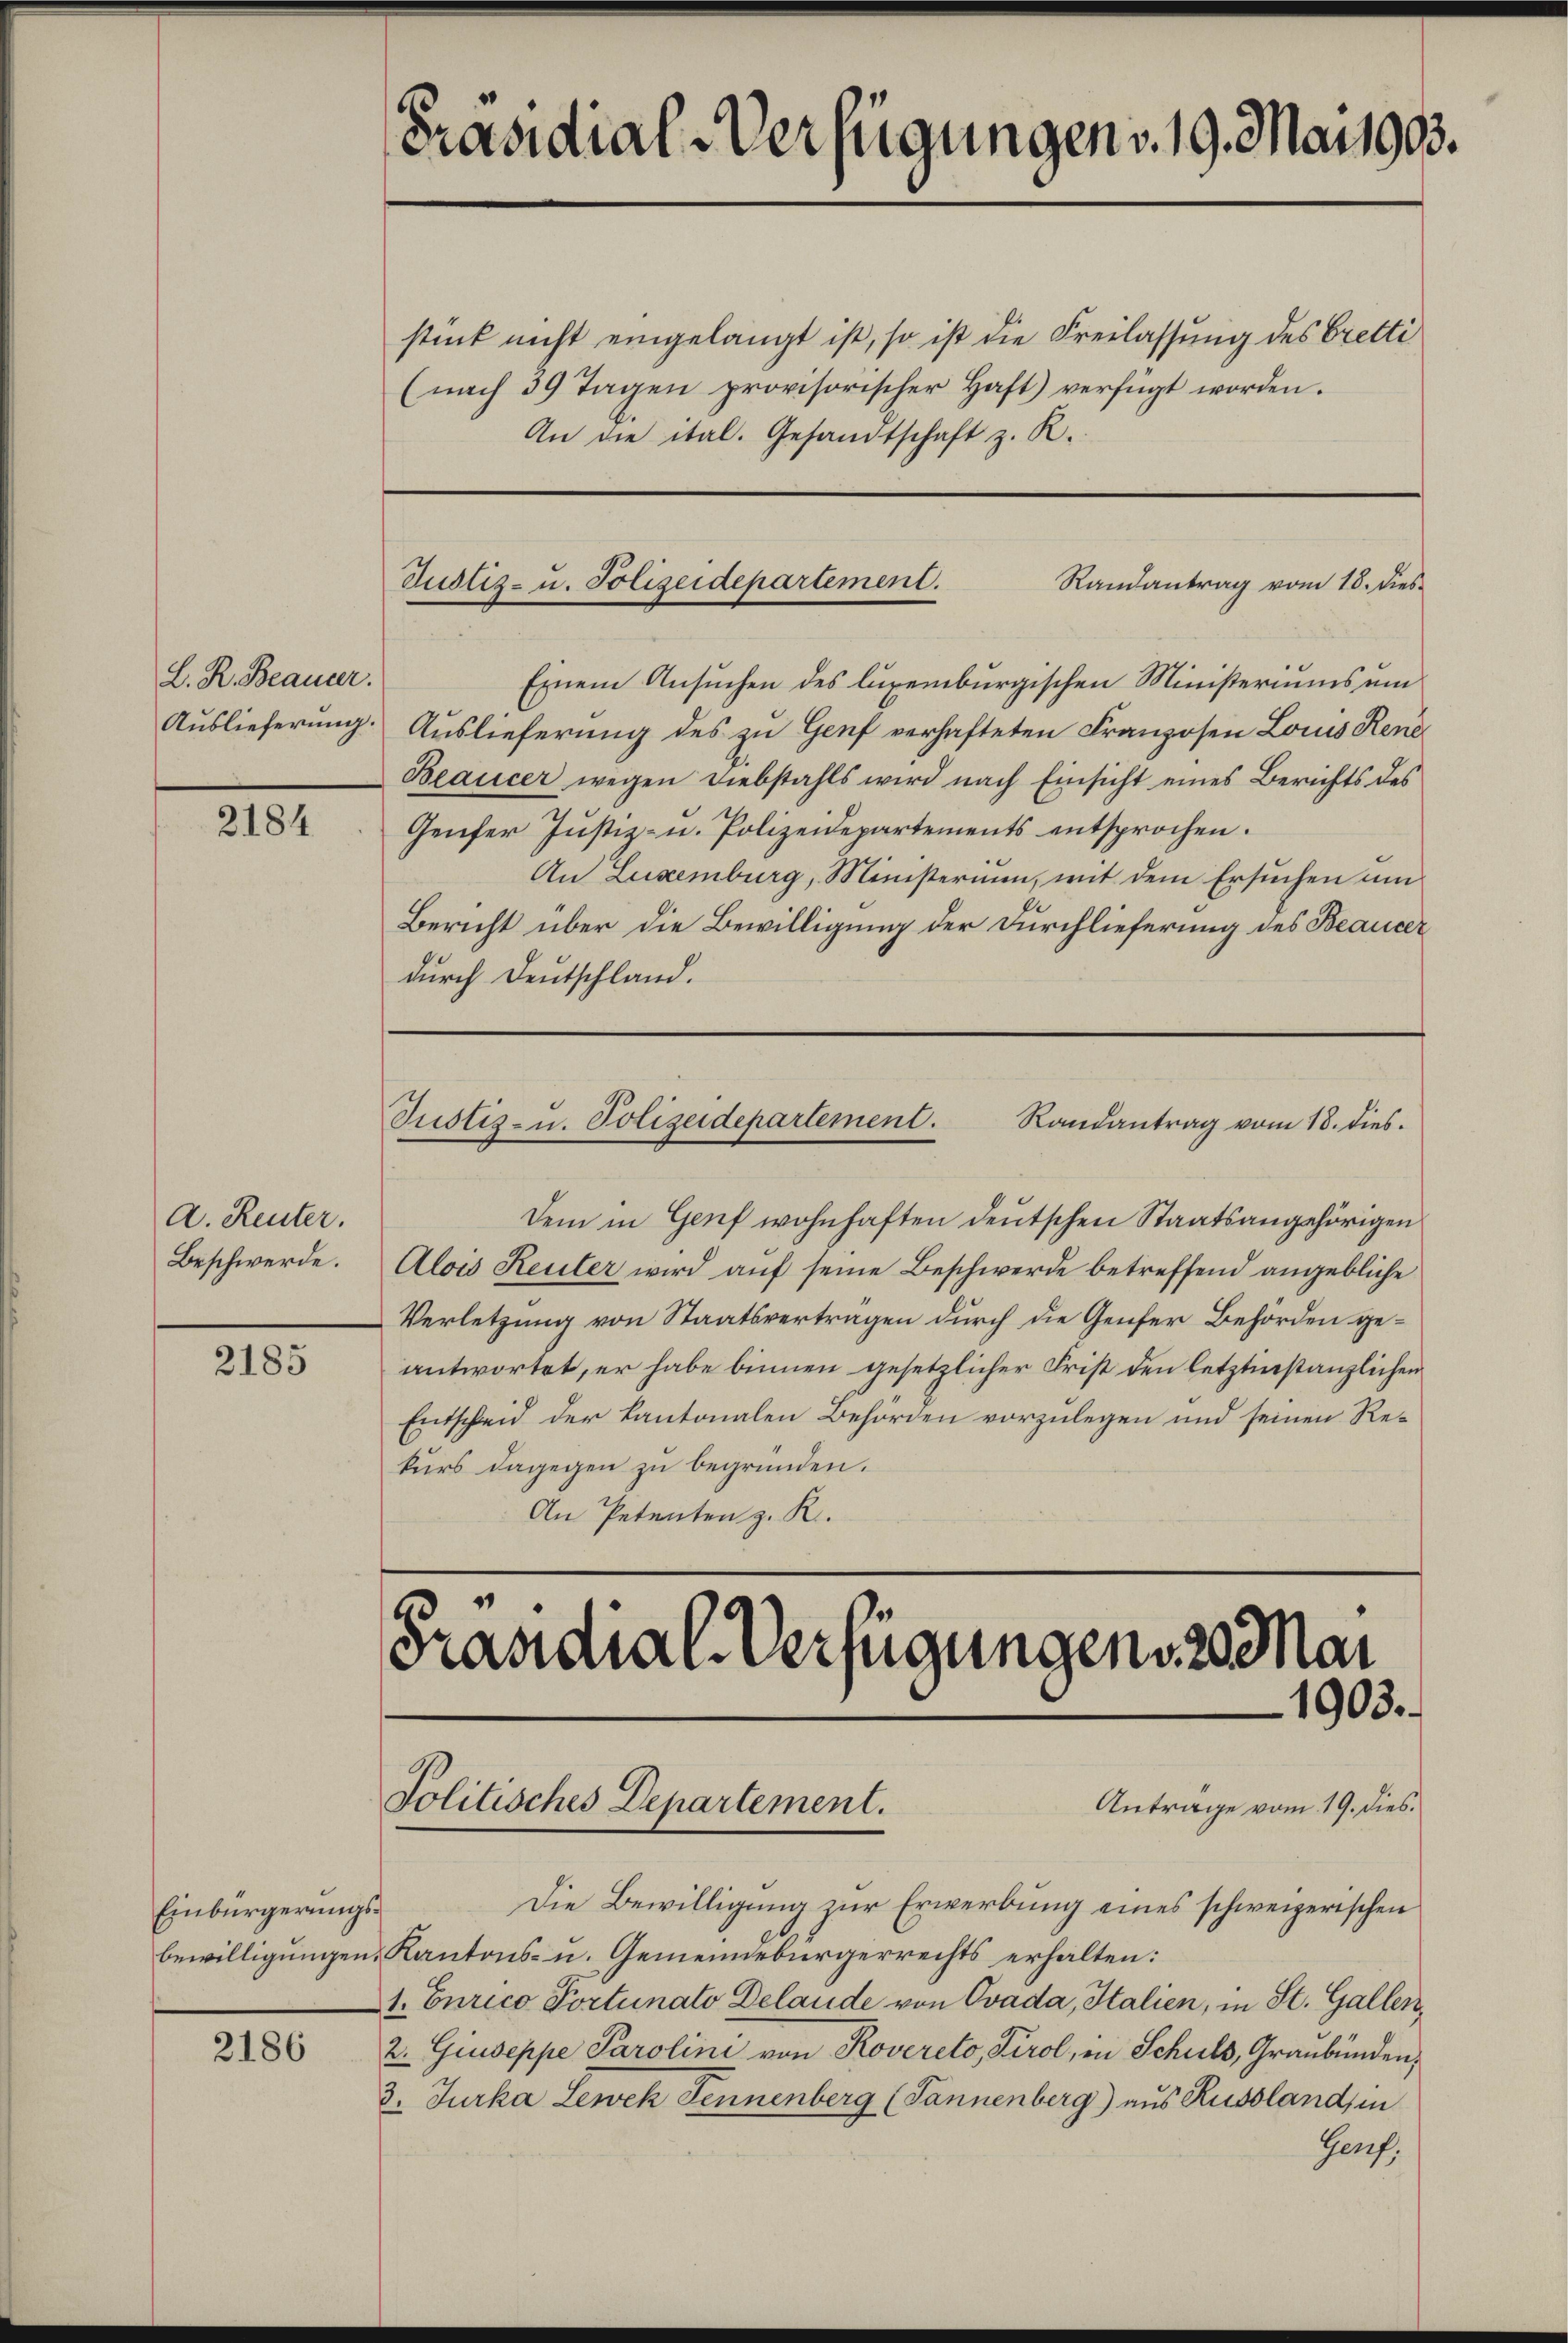
L. R. Beaueer.

2184

A. Reuter.
Beschwerde.

2185

Einbürgerungs¬

2186

Präsidial-Verfügungen d. 19. May 1993.

stück nicht eingelangt ist, so ist die Freilassung des Bretti
(nach 39 Tagen provisorischer Haft) verfügt worden.
An die ital. Gesandtschaft z. R.

Justiz- u. Polizeidepartement.
Randantrag vom 18. dies

Justiz- u. Polizeidepartement. Randantrag vom 18. dies.

.

Einem Ansuchen des luxenburgischen Ministeriums ein
Auslieferung. Auslieferung des zu Genf verhafteten Franzosen Louis Rend
Beaucer wegen Diebstahls wird nach Einsicht eines Berichts des
Genfer Justiz- u. Polizeidepartements entsprochen.
An Luxenburg, Ministerium, mit dem Ersuchen um
Bericht über die Bewilligung der Durchlieferung des Beaucer
durch Deutschland.

Dem in Genf wohnhaften deutschen Staatsangehörigen
Alois Reuler wird auf seine Beschwerde betreffend angebliche
Verletzung von Staatsvertragen durch die Genfer Behörden geantwortet, er habe binnen gesetzlicher Frist den letztinstanzlichen
Entscheid der Kantonalen Behörden vorzulegen und seinen Rekurs dagegen zu begründen.
An Petenten z. R.

bewilligungen. Kantons- u. Gemeindebürgerrechts erhalten:
1. Curico Portunato Delande von Ovada, Italien, in St. Gallen,
2. Giuseppe Parolini von Rovereto, Tirol, in Schuld, Graubünden,
3. Jurka Lewek Jennenberg (Tannenberg) aus Russland, in
Gerf.

Präsidial-Verfügungens 20 Mai

Politisches Departement.

1903.
Anträge vom 19. dies.
Die Bewilligung zur Erwerbung eines schweizerischen